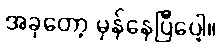
အခုတော့ မှန်နေပြီပေါ့။